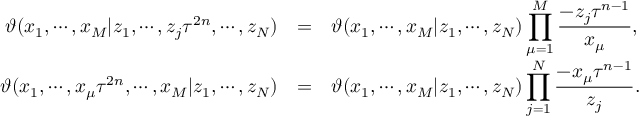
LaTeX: \begin{array} { r c l } { { \vartheta ( x _ { 1 } , \cdots , x _ { M } | z _ { 1 } , \cdots , z _ { j } \tau ^ { 2 n } , \cdots , z _ { N } ) } } & { { = } } & { { \vartheta ( x _ { 1 } , \cdots , x _ { M } | z _ { 1 } , \cdots , z _ { N } ) \displaystyle \prod _ { \mu = 1 } ^ { M } \frac { - z _ { j } \tau ^ { n - 1 } } { x _ { \mu } } , } } \\ { { \vartheta ( x _ { 1 } , \cdots , x _ { \mu } \tau ^ { 2 n } , \cdots , x _ { M } | z _ { 1 } , \cdots , z _ { N } ) } } & { { = } } & { { \vartheta ( x _ { 1 } , \cdots , x _ { M } | z _ { 1 } , \cdots , z _ { N } ) \displaystyle \prod _ { j = 1 } ^ { N } \frac { - x _ { \mu } \tau ^ { n - 1 } } { z _ { j } } . } } \end{array}